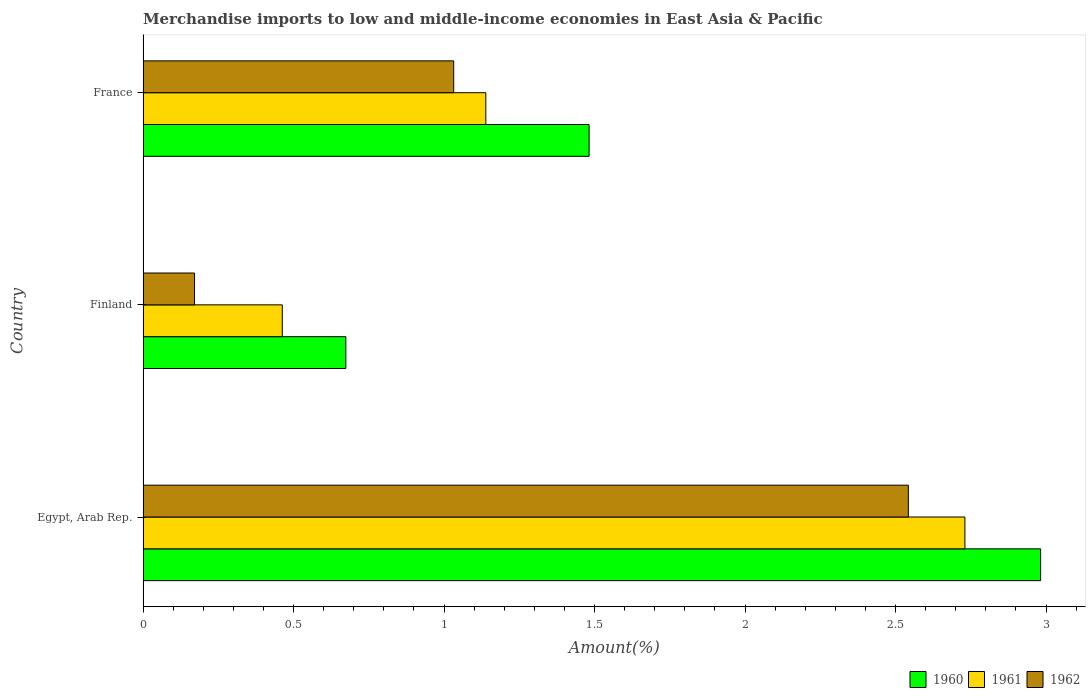
| Country | 1960 | 1961 | 1962 |
 | --- | --- | --- | --- |
 | Egypt, Arab Rep. | 2.98 | 2.73 | 2.54 |
 | Finland | 0.674 | 0.463 | 0.171 |
 | France | 1.48 | 1.14 | 1.03 |